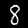
Digit: 8